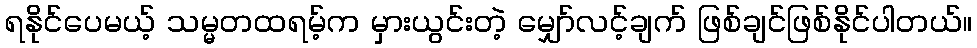
ရနိုင်ပေမယ့် သမ္မတထရမ့်က မှားယွင်းတဲ့ မျှော်လင့်ချက် ဖြစ်ချင်ဖြစ်နိုင်ပါတယ်။